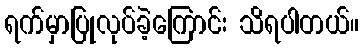
ရက်မှာပြုလုပ်ခဲ့ကြောင်း သိရပါတယ်။